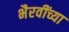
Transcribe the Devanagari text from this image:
भैरवींच्या